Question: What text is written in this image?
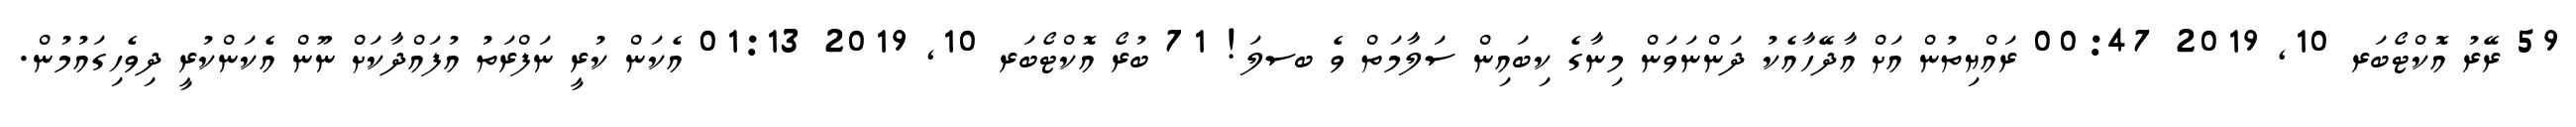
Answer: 59 ރޭރު އޮކްޓޯބަރ 10, 2019 00:47 ރައްޔިތުން އަށް އާދޭހާއެކު ދަންނަވަން މިނާގެ ކިބައިން ސަލާމަތް ވެ ބސލަ! 71 ބުރޯ އޮކްޓޯބަރ 10, 2019 01:13 އެކަން ކުރީ ނަފްރަތު އުފައްދާކަށް ނޫން އެކަންކުރީ ދިވެހިގައުމުން.